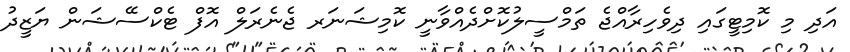
އަދި މި ކޮމިޓީގައި ދިވެހިރާއްޖެ ތަމްސީލުކޮށްދެއްވާނީ ކޮމިޝަނަރ ޖެނެރަލް އޮފް ޓެކްސޭޝަން ޔަޒީދު